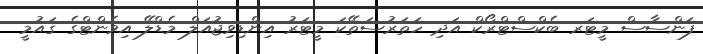
ފަންސާސް މީޓަރ ބެކްސްޓްރޯކް އަދި ހަތަރުސަތޭކަ މީޓަރު އިންޑިވިޖުއަލް މެޑްލޭ އިވެންޓްގެ ޤައުމީ